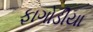
ફાગોડીયા